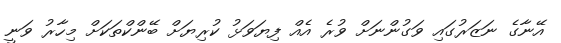
އޭނާގެ ނަޒަރުގައި ވަގުންނަށް ވުރެ އެއް ފިޔަވަޅު ކުރިޔަށް ބޭންކްތަކަށް މިހާރު ވަނީ